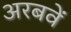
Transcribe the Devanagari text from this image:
अरबवें